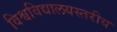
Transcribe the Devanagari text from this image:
विश्वविद्यालयस्तरीय